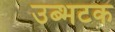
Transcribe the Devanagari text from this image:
उब्भटक